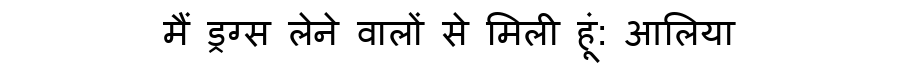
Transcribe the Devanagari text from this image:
मैं ड्रग्स लेने वालों से मिली हूं: आलिया